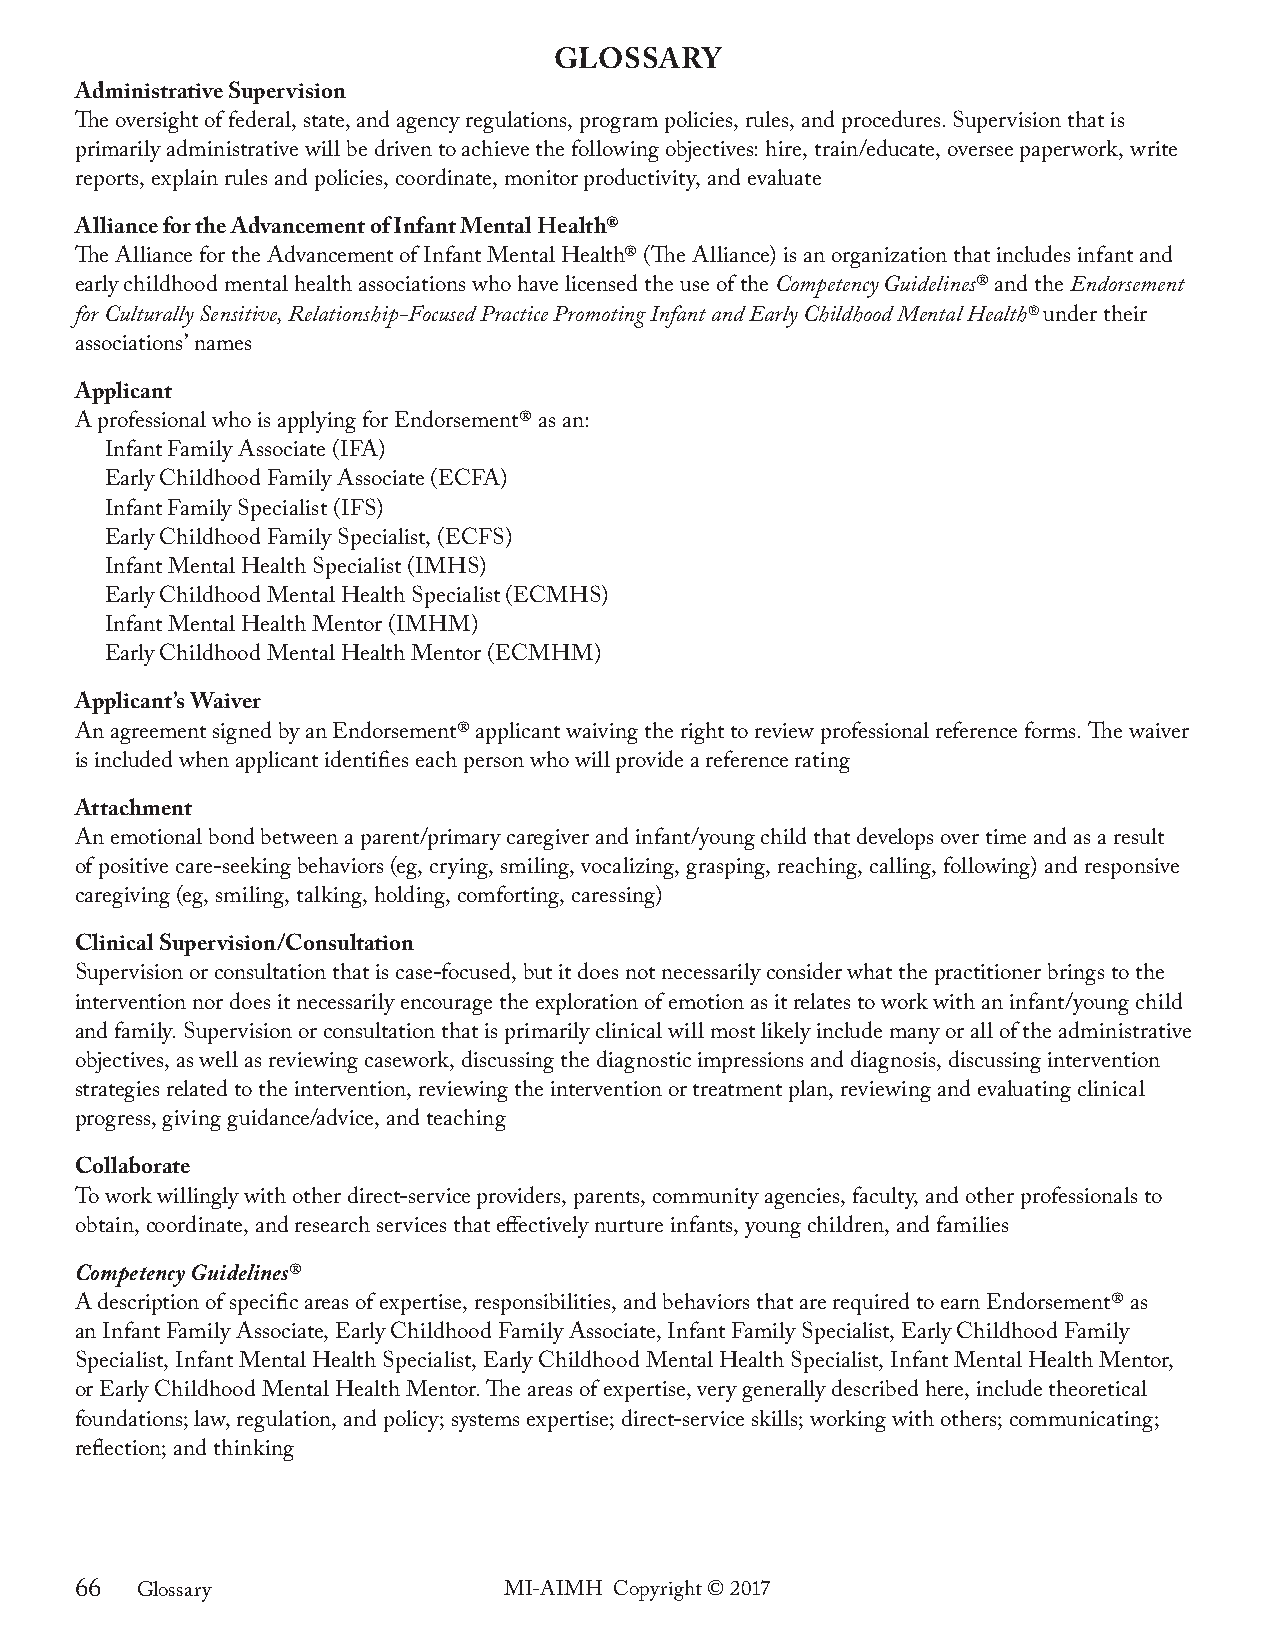
GLOSSARY
 Administrative Supervision
 The oversight of federal, state, and agency regulations, program policies, rules, and procedures. Supervision that is
 primarily administrative will be driven to achieve the following objectives: hire, train/educate, oversee paperwork, write
 reports, explain rules and policies, coordinate, monitor productivity, and evaluate
 Alliance for the Advancement of Infant Mental Health®
 The Alliance for the Advancement of Infant Mental Health® (The Alliance) is an organization that includes infant and
 early childhood mental health associations who have licensed the use of the Competency Guidelines® and the endorsement
 for Culturally sensitive, Relationship-Focused practice promoting infant and early Childhood mental Health® under their
 associations’ names
 Applicant
 A professional who is applying for Endorsement® as an:
 Infant Family Associate (IFA)
 Early Childhood Family Associate (ECFA)
 Infant Family Specialist (IFS)
 Early Childhood Family Specialist, (ECFS)
 Infant Mental Health Specialist (IMHS)
 Early Childhood Mental Health Specialist (ECMHS)
 Infant Mental Health Mentor (IMHM)
 Early Childhood Mental Health Mentor (ECMHM)
 Applicant’s waiver
 An agreement signed by an Endorsement® applicant waiving the right to review professional reference forms. The waiver
 is included when applicant identifies each person who will provide a reference rating
 Attachment
 An emotional bond between a parent/primary caregiver and infant/young child that develops over time and as a result
 of positive care-seeking behaviors (eg, crying, smiling, vocalizing, grasping, reaching, calling, following) and responsive
 caregiving (eg, smiling, talking, holding, comforting, caressing)
 Clinical Supervision/Consultation
 Supervision or consultation that is case-focused, but it does not necessarily consider what the practitioner brings to the
 intervention nor does it necessarily encourage the exploration of emotion as it relates to work with an infant/young child
 and family. Supervision or consultation that is primarily clinical will most likely include many or all of the administrative
 objectives, as well as reviewing casework, discussing the diagnostic impressions and diagnosis, discussing intervention
 strategies related to the intervention, reviewing the intervention or treatment plan, reviewing and evaluating clinical
 progress, giving guidance/advice, and teaching
 Collaborate
 To work willingly with other direct-service providers, parents, community agencies, faculty, and other professionals to
 obtain, coordinate, and research services that effectively nurture infants, young children, and families
 Competency Guidelines®
 A description of specific areas of expertise, responsibilities, and behaviors that are required to earn Endorsement® as
 an Infant Family Associate, Early Childhood Family Associate, Infant Family Specialist, Early Childhood Family
 Specialist, Infant Mental Health Specialist, Early Childhood Mental Health Specialist, Infant Mental Health Mentor,
 or Early Childhood Mental Health Mentor. The areas of expertise, very generally described here, include theoretical
 foundations; law, regulation, and policy; systems expertise; direct-service skills; working with others; communicating;
 reflection; and thinking
 66  Glossary                MI-AIMH Copyright © 2017